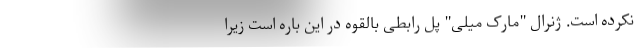
نکرده است. ژنرال "مارک میلی" پل رابطی بالقوه در این باره است زیرا